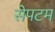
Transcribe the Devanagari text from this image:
सेपटम